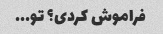
فراموش کردی؟ تو...